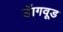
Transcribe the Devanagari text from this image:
डॅागवूड